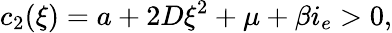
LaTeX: c_{2}(\xi)=a+2D\xi^{2}+\mu+\beta i_{e}>0,